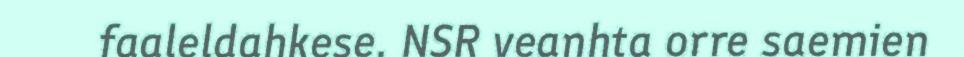
faaleldahkese. NSR veanhta orre saemien